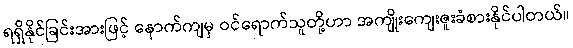
ရရှိနိုင်ခြင်းအားဖြင့် နောက်ကျမှ ဝင်ရောက်သူတို့ဟာ အကျိုးကျေးဇူးခံစားနိုင်ပါတယ်။